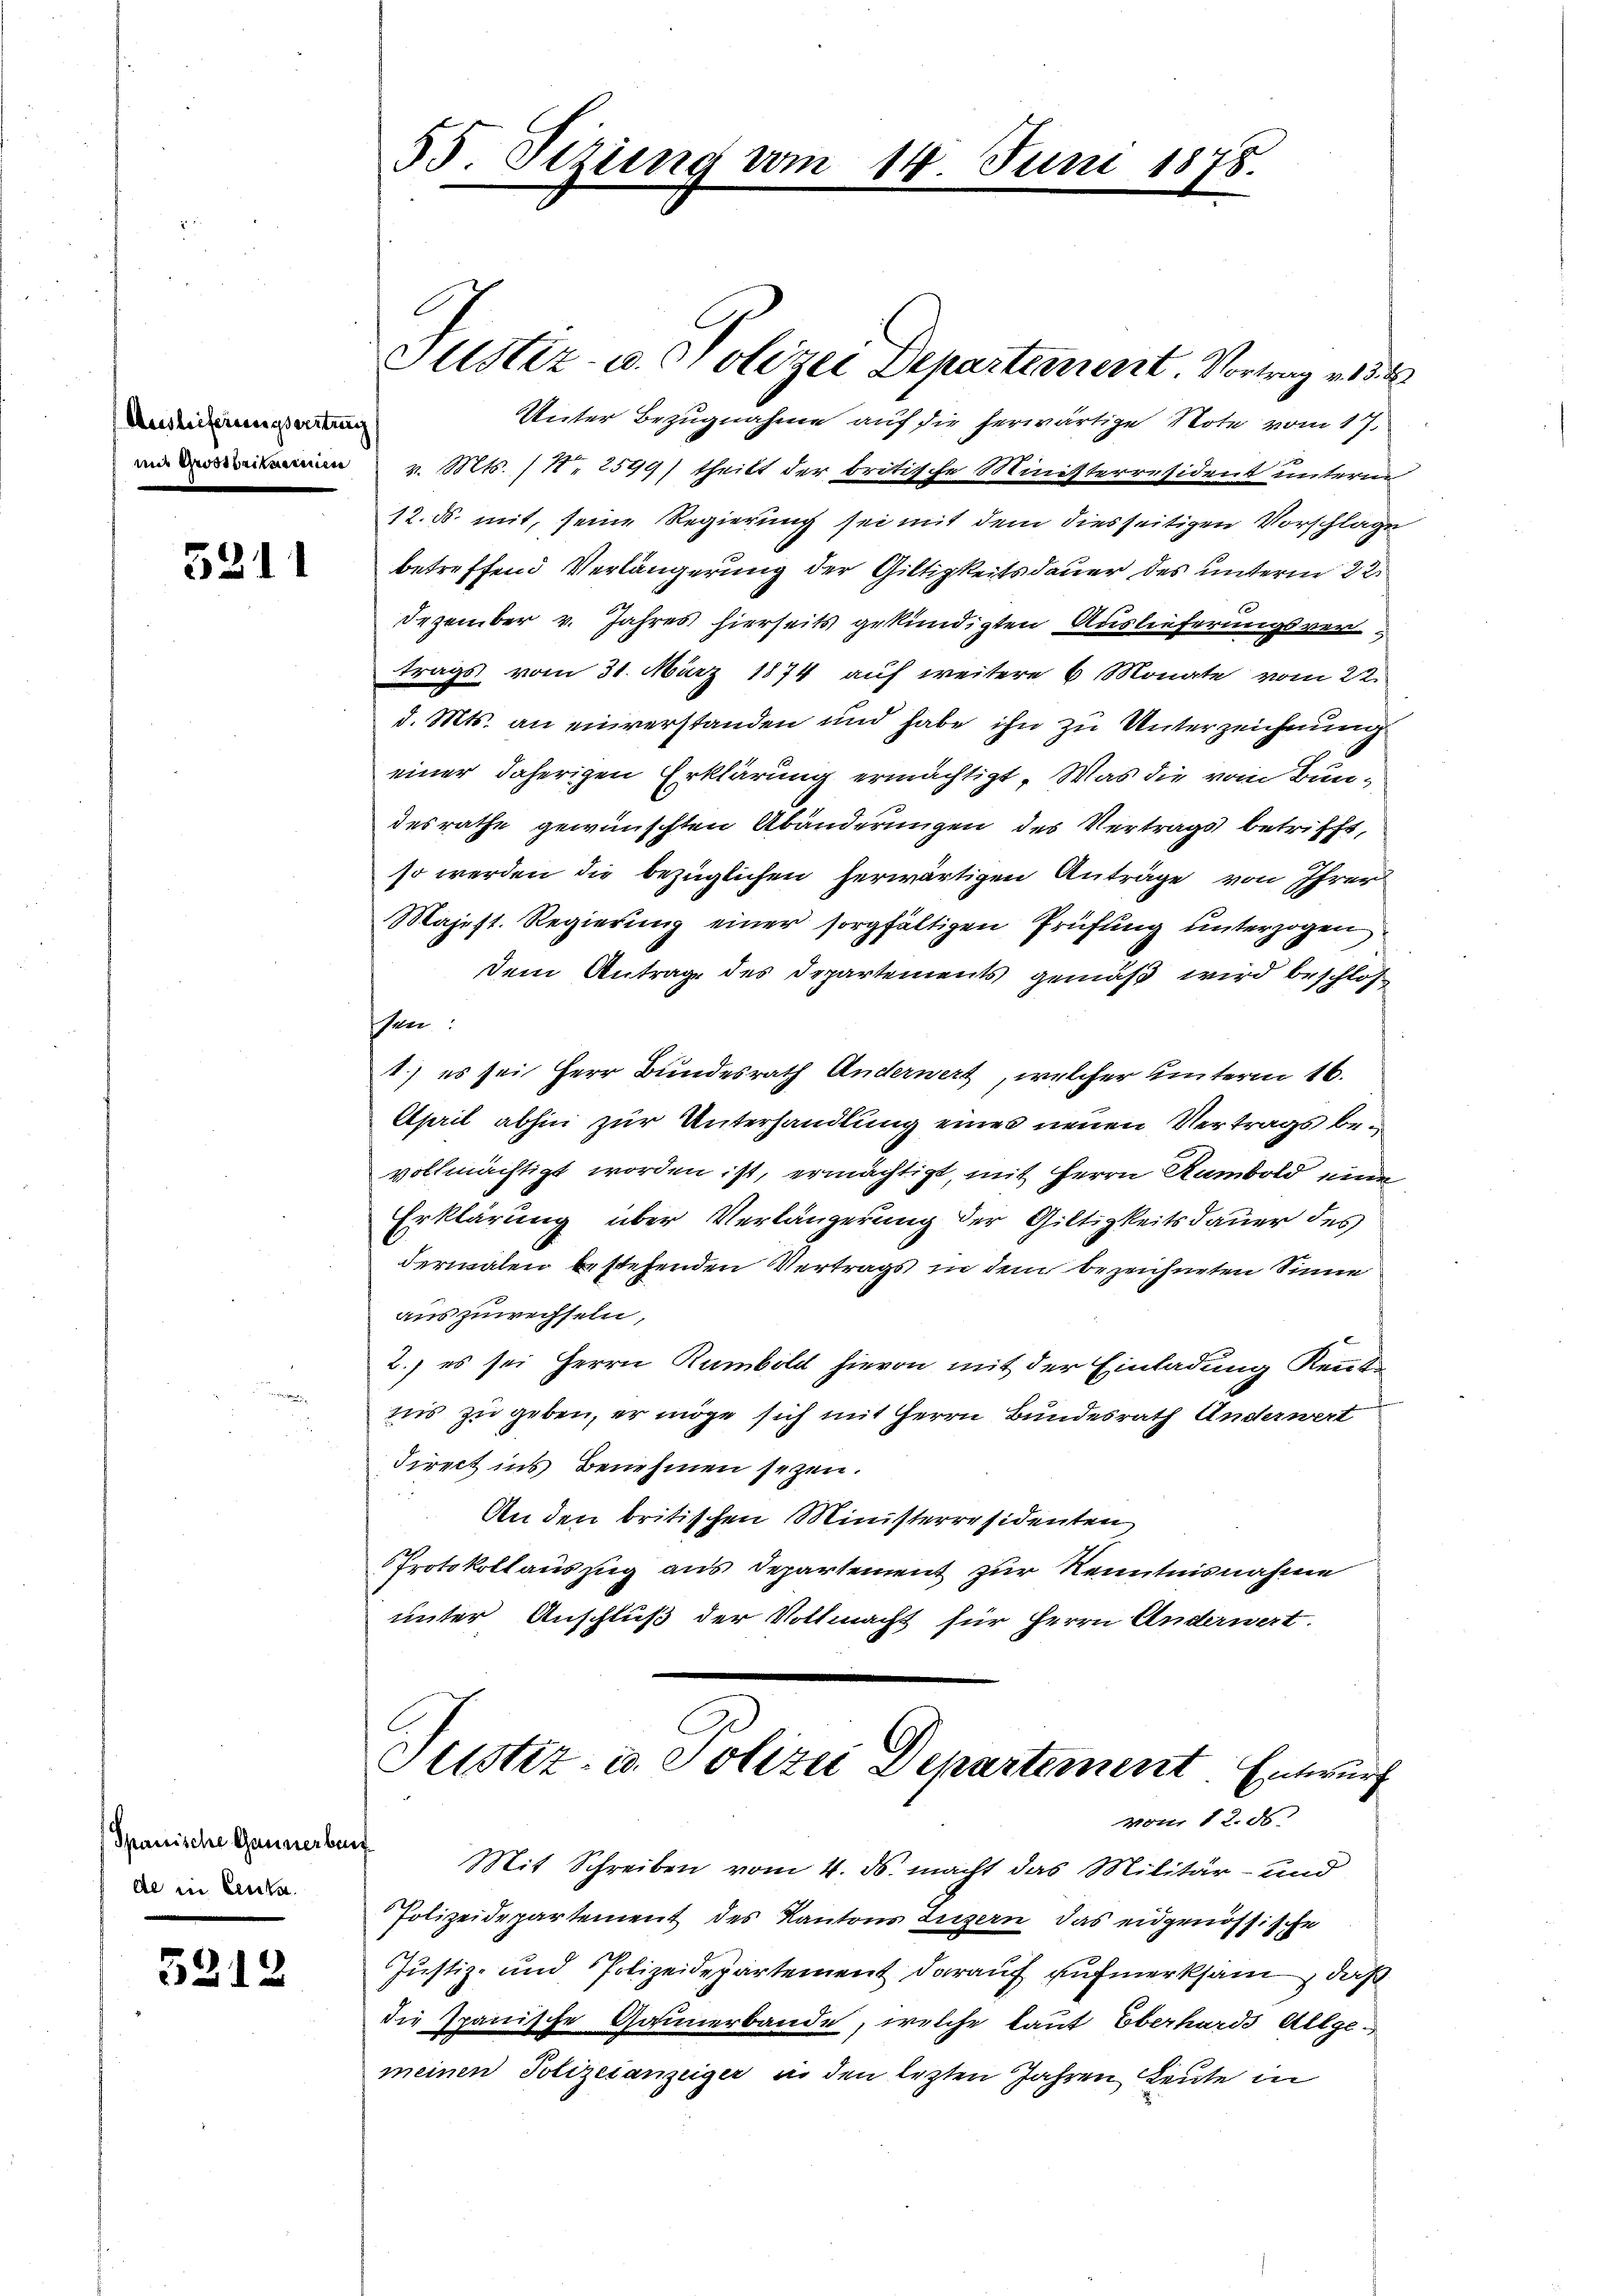
Ausleiferungserstrag

5211

Spanische Gaunerbau
Al in Leute.

5212

55. Sizung vom 14. Juni 1878.

Justiz- u. Polizei Departement Vortrag v. 15. d
Unter Bezugnahme auf die herwärtige Note vom 17.
win werden v. Mts. 11. 2599) theilt der britische Ministerresident unterm
12. ds. mit, seine Regierung sei mit dem diesseitigen Vorschlage
betreffend Verlängerung der Giltigkeitsdauer des unterm 22
Dezember v. Jahres hierseits gekündigten Auslieferungsvertrags vom 31. März 1874 auf weitere 6 Monate vom 22.
d. Mts. an einverstanden und habe ihn zu Unterzeichnung
einer daherigen Erklärung ermächtigt. Was die vom Bundesrathe gewünschten Abänderungen des Vertrags betrifft,
so werden die bezüglichen herwärtigen Anträge von Ihrer
Majest. Regierŭng einer sorgfältigen Prüfung unterzogen.
dem Antrage des Departements gemäß wird beschlos
ssen:
1) es sei Herr Bundesrath Anderwert, welcher unterm 16.
April abhin zur Unterhandlung eines neuen Vertrags bevollmächtigt worden ist, ermächtigt, mit Herrn Rambold eine
Erklärung über Verlängerung der Gültigkeitsdauer des
dermalen bestehenden Vertrags in dem bezeichneten Sinne
auszuwechseln,
2.) es sei Herrn Rambild hievon mit der Einladung Kennte
nis zu geben, er möge sich mit Herrn Bundesrath Anderwert
direct ins Benehmen sezen.
d
An den britischen Ministerräsidenten
Protokollauszug aus Departement zur Kenntnisnahme
unter Anschluß der Vollmacht für Herrn Anderwert.
Justiz- u. Polizei Departement. Entwurf
von 12. ds
Mit Schreiben vom 4. ds. macht das Militär- und
Polizeidepartement des Kantons Luzern das eidgenössische
Justiz- und Polizeidepartement darauf aufmerksam, daß
die Ipanische Gaunerbande, welche laut Eberhards Allgemeinen Polizeianzeiger in den lezten Jahren Leute in